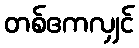
တစ်ဧကလျှင်